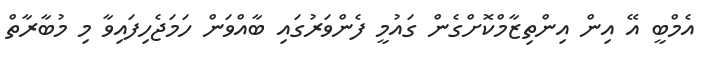
އެމްބީ އޭ އިން އިންތިޒާމްކޮށްގެން ގައުމީ ފެންވަރުގައި ބާއްވަން ހަމަޖެހިފައިވާ މި މުބާރާތް